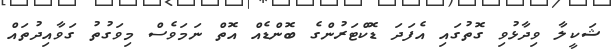
ޝަކީލާ ވިދާޅުވި ގޮތުގައި އެފަދަ ޑޮކްޓަރުންގެ ބޮންޑެއް އޮތް ނަމަވެސް މިވަގުތު ގަވާއިދުތައް